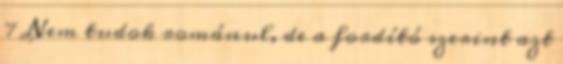
7 Nem tudok románul, de a fordító szerint azt